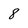
Character: 8